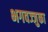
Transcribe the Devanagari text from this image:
भगवज्जुका